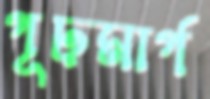
গূঢ়মার্গ